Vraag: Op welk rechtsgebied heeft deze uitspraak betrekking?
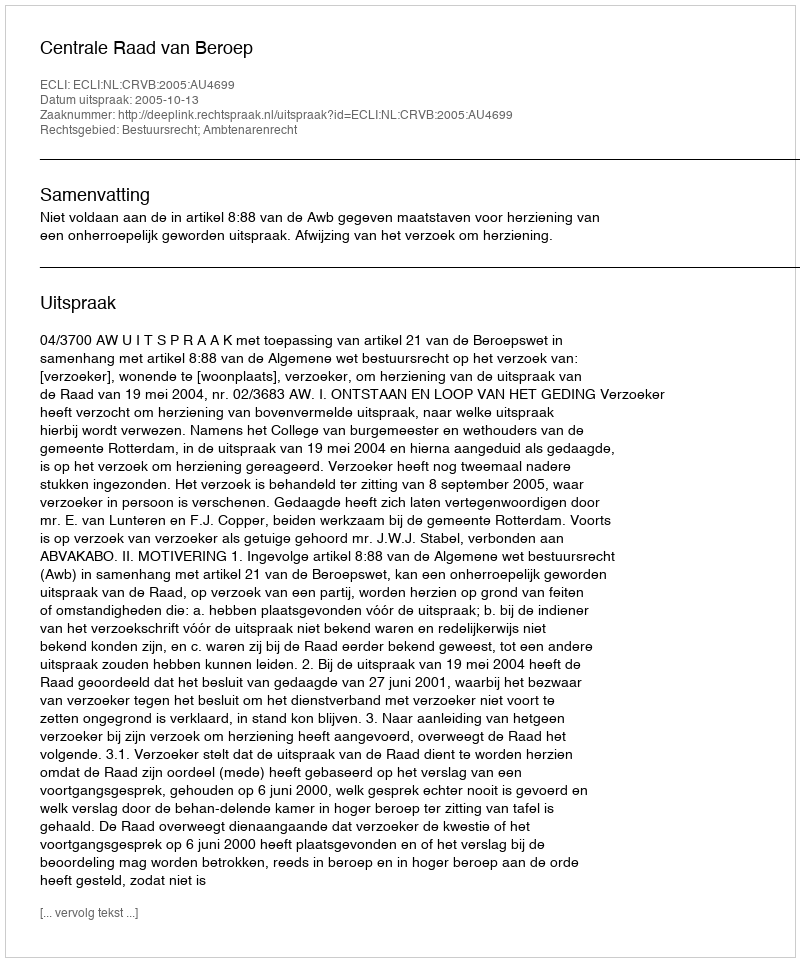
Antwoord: Bestuursrecht; Ambtenarenrecht